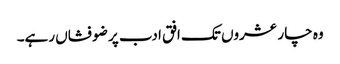
وہ چار عشروں تک افق ادب پر ضو فشاں رہے۔